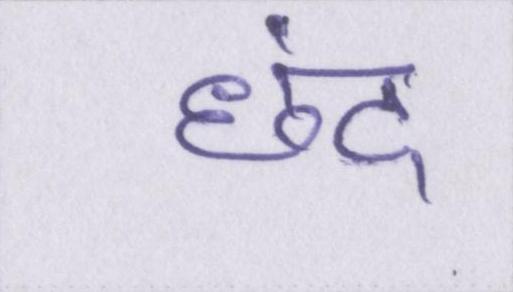
छंद